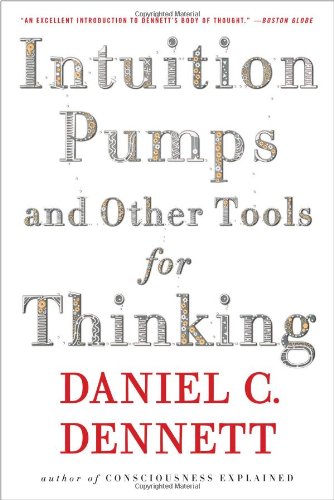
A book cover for Intuition Pumps And Other Tools for Thinking; Daniel C. Dennett; Politics & Social Sciences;